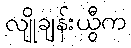
လျိုချန်းယွီက